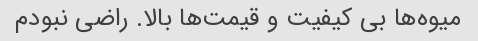
میوه‌ها بی کیفیت و قیمت‌ها بالا. راضی نبودم